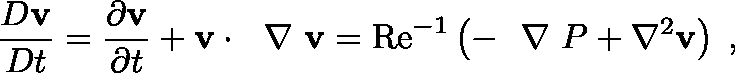
\frac { D { \bf v } } { D t } = \frac { \partial { \bf v } } { \partial t } + { \bf v } \cdot \mathrm { ~ \boldmath ~ \nabla ~ } { \bf v } = \mathrm { R e } ^ { - 1 } \left( - \mathrm { ~ \boldmath ~ \nabla ~ } P + \nabla ^ { 2 } { \bf v } \right) \; ,